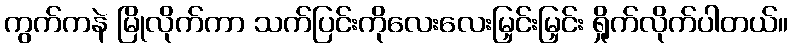
ကွက်ကနဲ မြိုလိုက်ကာ သက်ပြင်းကိုလေးလေးမြှင်းမြှင်း ရှိုက်လိုက်ပါတယ်။